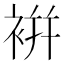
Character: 𧚭